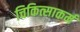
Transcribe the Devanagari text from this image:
चिकित्साकर्म